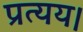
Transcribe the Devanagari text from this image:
प्रत्यय।